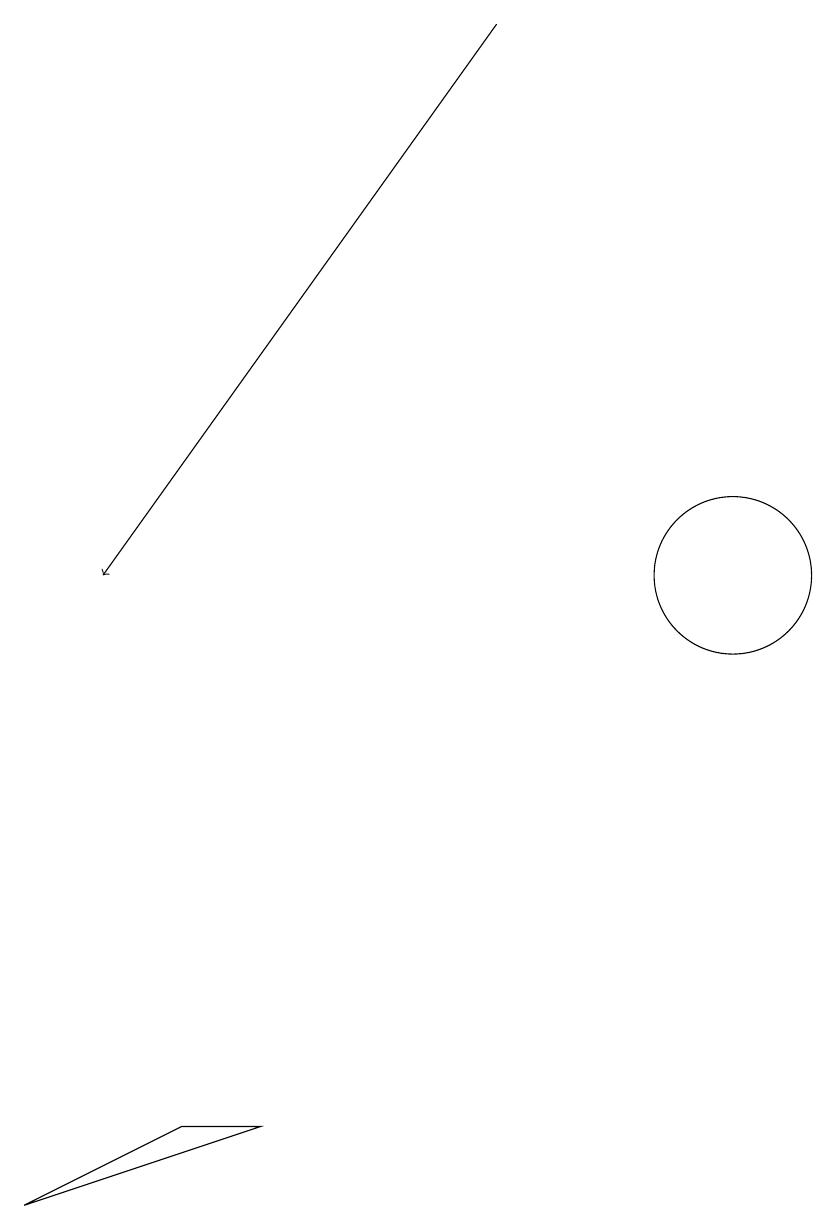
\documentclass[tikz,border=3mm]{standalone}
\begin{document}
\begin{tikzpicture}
\draw[->] (9,18) -- (4,11);
\draw (12,11) circle (1);
\draw (6,4) -- (5,4) -- (3,3) -- cycle;
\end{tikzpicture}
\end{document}